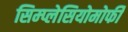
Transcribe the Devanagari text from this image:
सिम्प्लेसियोमोर्फी